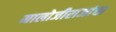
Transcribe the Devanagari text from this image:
मालोजीराजांचा